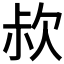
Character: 𣢰